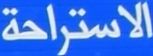
الاستراحة